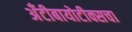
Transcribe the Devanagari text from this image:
अँटीबायोटीक्सचा